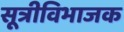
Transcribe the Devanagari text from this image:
सूत्रीविभाजक